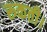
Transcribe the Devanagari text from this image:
रूकती।